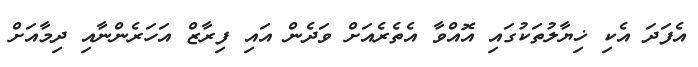
އެފަދަ އެކި ޚިޔާލުތަކުގައި އޮއްވާ އެތެރެއަށް ވަދެން އައި ފިރާޒް އަހަރެންނާއި ދިމާއަށް